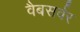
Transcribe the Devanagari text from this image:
वैबसर्वर